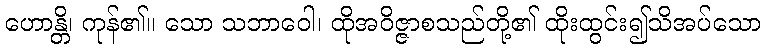
ဟောန္တိ၊ ကုန်၏။ သော သဘာဝေါ၊ ထိုအဝိဇ္ဇာစသည်တို့၏ ထိုးထွင်း၍သိအပ်သော